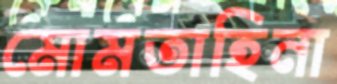
মোমতাহিনা